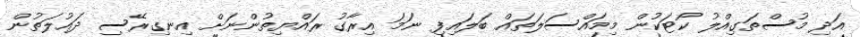
އަދި މުސްތަގިއްލު ކޯޓަކުން މިމައްސަލަތައް ބަލައިފި ނަމަ އިރާގު ރައްޔިތުންނަށް އިނގިރޭސި ދައުލަތުން